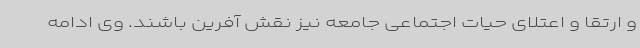
و ارتقا و اعتلای حیات اجتماعی جامعه نیز نقش آفرین باشند. وی ادامه